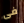
فى